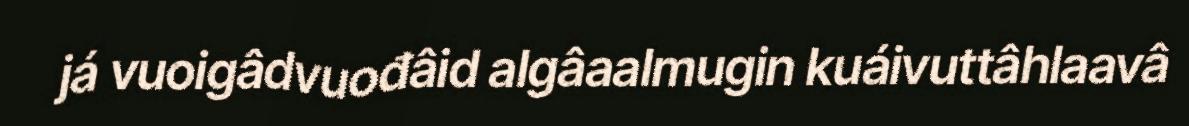
já vuoigâdvuođâid algâaalmugin kuáivuttâhlaavâ